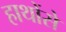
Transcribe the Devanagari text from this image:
हाथोंसे